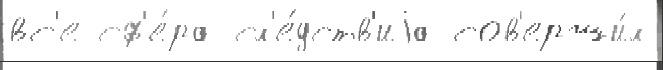
вс'е сф'е́ра сл'е́дств'иjа сов'ерши́л